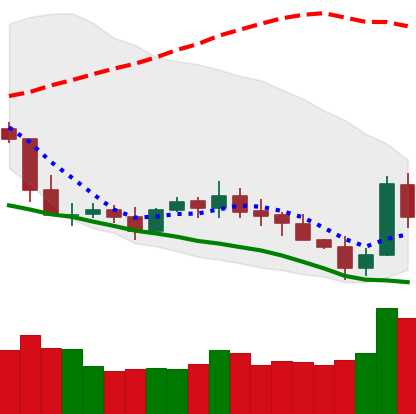
Ticker: XLM-USD
Chart end date: 2019-05-12
Forward return: 28.014%
Label: up_7plus